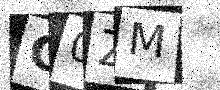
Text: G0ZM